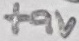
Text: +9V